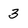
Character: 3